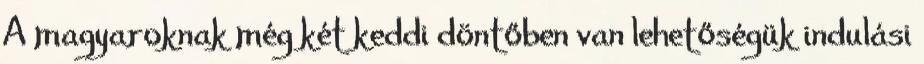
A magyaroknak még két keddi döntőben van lehetőségük indulási